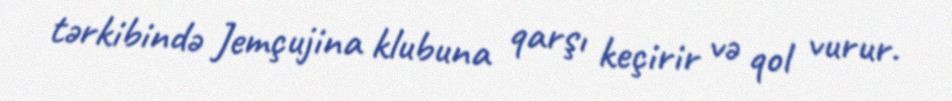
tərkibində Jemçujina klubuna qarşı keçirir və qol vurur.